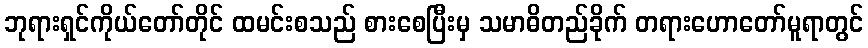
ဘုရားရှင်ကိုယ်တော်တိုင် ထမင်းစသည် စားစေပြီးမှ သမာဓိတည်ခိုက် တရားဟောတော်မူရာတွင်